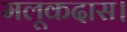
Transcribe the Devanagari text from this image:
मलूकदास।